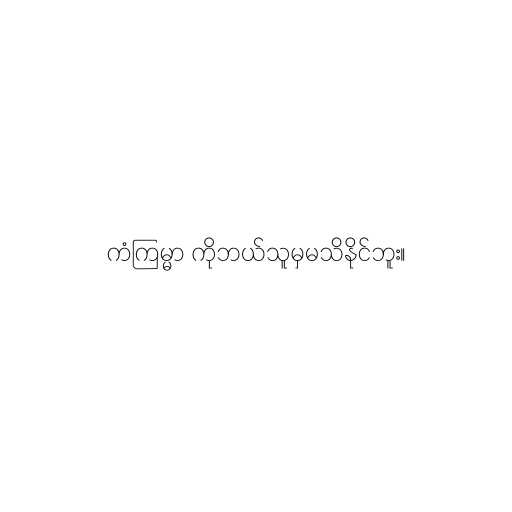
ကံကြမ္မာ ကိုဘယ်သူမှမသိနိုင်ဘူး။